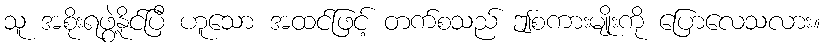
သူ အစိုးရဖွဲ့နိုင်ပြီ ဟူသော အထင်ဖြင့် တက်စသည် ဤစကားမျိုးကို ပြောလေသလား။